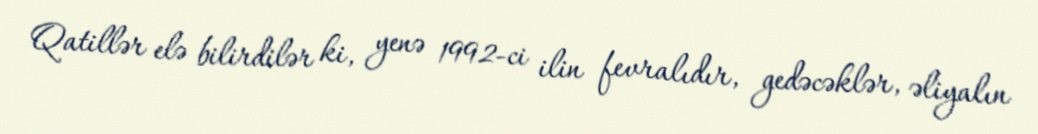
Qatillər elə bilirdilər ki, yenə 1992-ci ilin fevralıdır, gedəcəklər, əliyalın